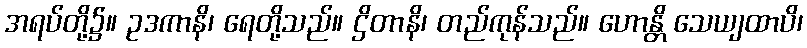
အရပ်တို့၌။ ဥဒကာနိ၊ ရေတို့သည်။ ဌိတာနိ၊ တည်ကုန်သည်။ ဟောန္တိ သေယျထာပိ၊